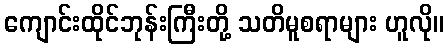
ကျောင်းထိုင်ဘုန်းကြီးတို့ သတိမူစရာများ ဟူလို။